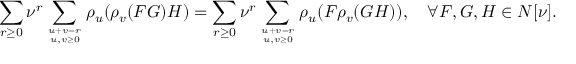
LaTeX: \sum _ { r \geq 0 } \nu ^ { r } \sum _ { u + v = r \atop u , v \geq 0 } \rho _ { u } ( \rho _ { v } ( F G ) H ) = \sum _ { r \geq 0 } \nu ^ { r } \sum _ { u + v = r \atop u , v \geq 0 } \rho _ { u } ( F \rho _ { v } ( G H ) ) , \quad \forall F , G , H \in N [ \nu ] .